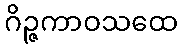
ဂိဉ္ဇကာဝသထေ